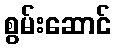
စွမ်းဆောင်